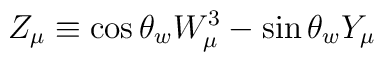
Z_\mu \equiv \cos\theta_w W^3_\mu-\sin\theta_w Y_\mu